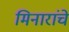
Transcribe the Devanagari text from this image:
मिनारांचे